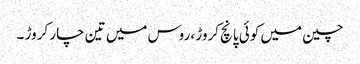
چین میں کوئی پانچ کروڑ ،روس میں تین چار کروڑ ۔